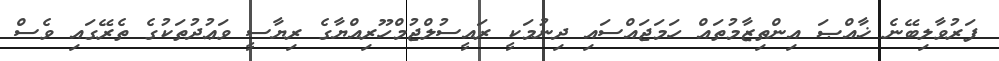
ފަރުވާލިބޭނެ ޚާއްޞަ އިންތިޒާމުތައް ހަމަޖައްސައި ދިނުމަކީ ރައީސުލްޖުމްހޫރިއްޔާގެ ރިޔާސީ ވަޢުދުތަކުގެ ތެރޭގައި ވެސް